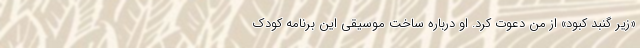
«زیر گنبد کبود» از من دعوت کرد. او درباره ساخت موسیقی این برنامه کودک